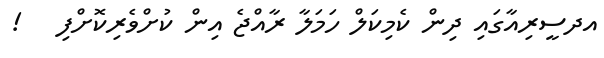
އދސީރިއާގައި ދިން ކެމިކަލް ހަމަލާ ރާއްޖެ އިން ކުށްވެރިކޮށްފި   !